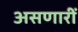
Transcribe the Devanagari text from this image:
असणारीं